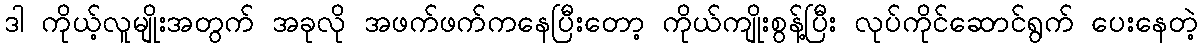
ဒါ ကိုယ့်လူမျိုးအတွက် အခုလို အဖက်ဖက်ကနေပြီးတော့ ကိုယ်ကျိုးစွန့်ပြီး လုပ်ကိုင်ဆောင်ရွက် ပေးနေတဲ့